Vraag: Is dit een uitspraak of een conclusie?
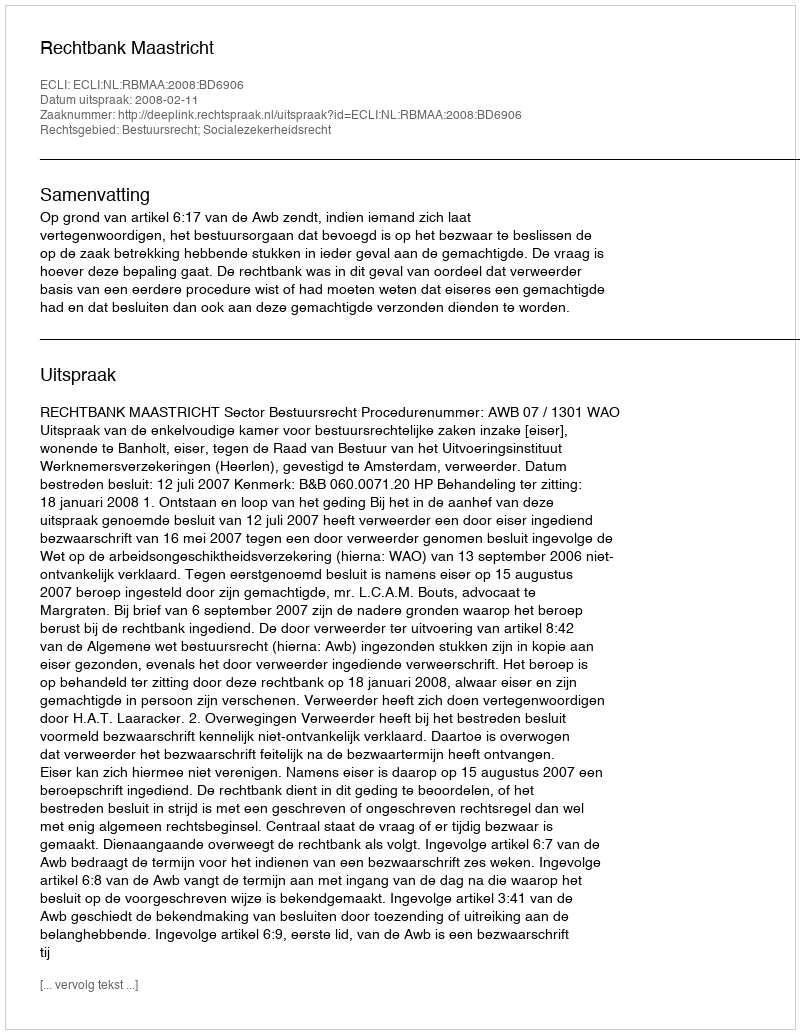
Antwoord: Uitspraak